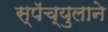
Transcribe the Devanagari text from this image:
स्पॅच्युलाने